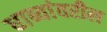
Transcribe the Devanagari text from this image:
धाब्यांवरील